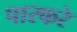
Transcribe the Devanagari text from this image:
पारफरे